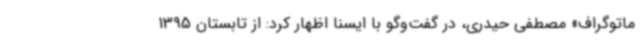
ماتوگراف» مصطفی حیدری، در گفت‌وگو با ایسنا اظهار کرد: از تابستان 1395